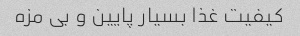
کیفیت غذا بسیار پایین و بی مزه